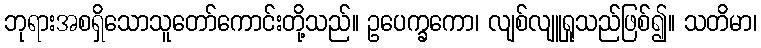
ဘုရားအစရှိသောသူတော်ကောင်းတို့သည်။ ဥပေက္ခကော၊ လျစ်လျူရှုသည်ဖြစ်၍။ သတိမာ၊